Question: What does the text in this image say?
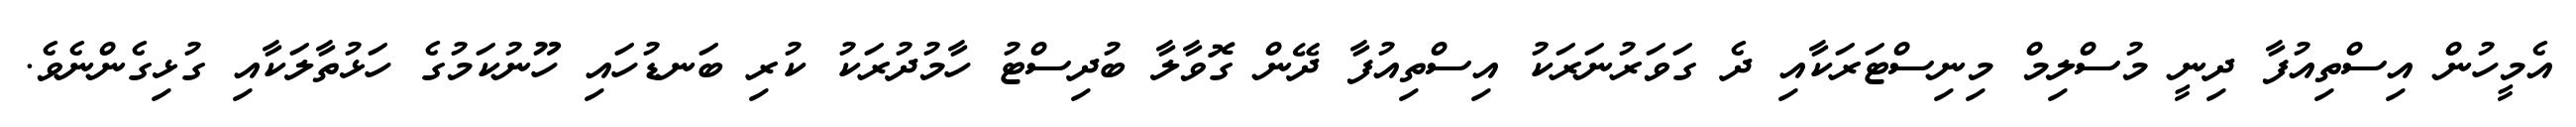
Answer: އެމީހުން އިސްތިއުފާ ދިނީ މުސްލިމް މިނިސްޓަރަކާއި ދެ ގަވަރުނަރަކު އިސްތިއުފާ ދޭން ގޮވާލާ ބުދިސްޓު ހާމުދުރަކު ކުރި ބަނޑުހައި ހޫނުކަމުގެ ހަޅުތާލަކާއި ގުޅިގެންނެވެ.